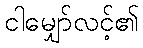
ငါမျှော်လင့်၏